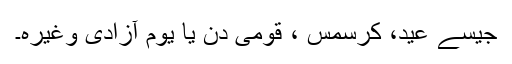
جیسے عید، کرسمس ، قومی دن یا یوم آزادی وغیرہ۔